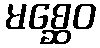
မစ္ဆေဝ